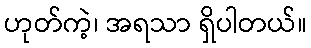
ဟုတ်ကဲ့၊ အရသာ ရှိပါတယ်။